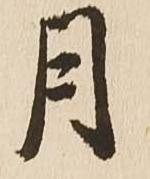
月